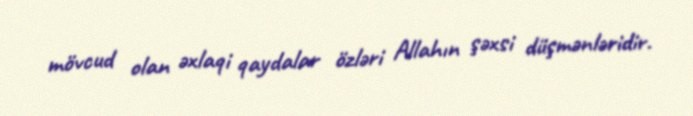
mövcud olan əxlaqi qaydalar özləri Allahın şəxsi düşmənləridir.